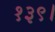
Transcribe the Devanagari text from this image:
१३९।